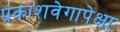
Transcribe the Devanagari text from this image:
प्रकाशवेगापेक्षा